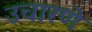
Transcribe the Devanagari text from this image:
उचारणे